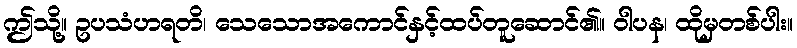
ဤသို့။ ဥပသံဟရတိ၊ သေသောအကောင်နှင့်ထပ်တူဆောင်၏။ ဝါပန၊ ထိုမှတစ်ပါး။